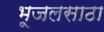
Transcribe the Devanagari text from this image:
भूजलसाठा